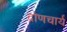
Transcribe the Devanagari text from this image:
द्रोणचार्य